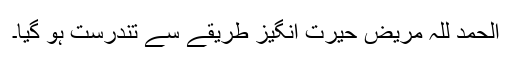
الحمد للہ مریض حیرت انگیز طریقے سے تندرست ہو گیا۔